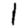
Digit: 1